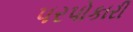
પરપોકારી